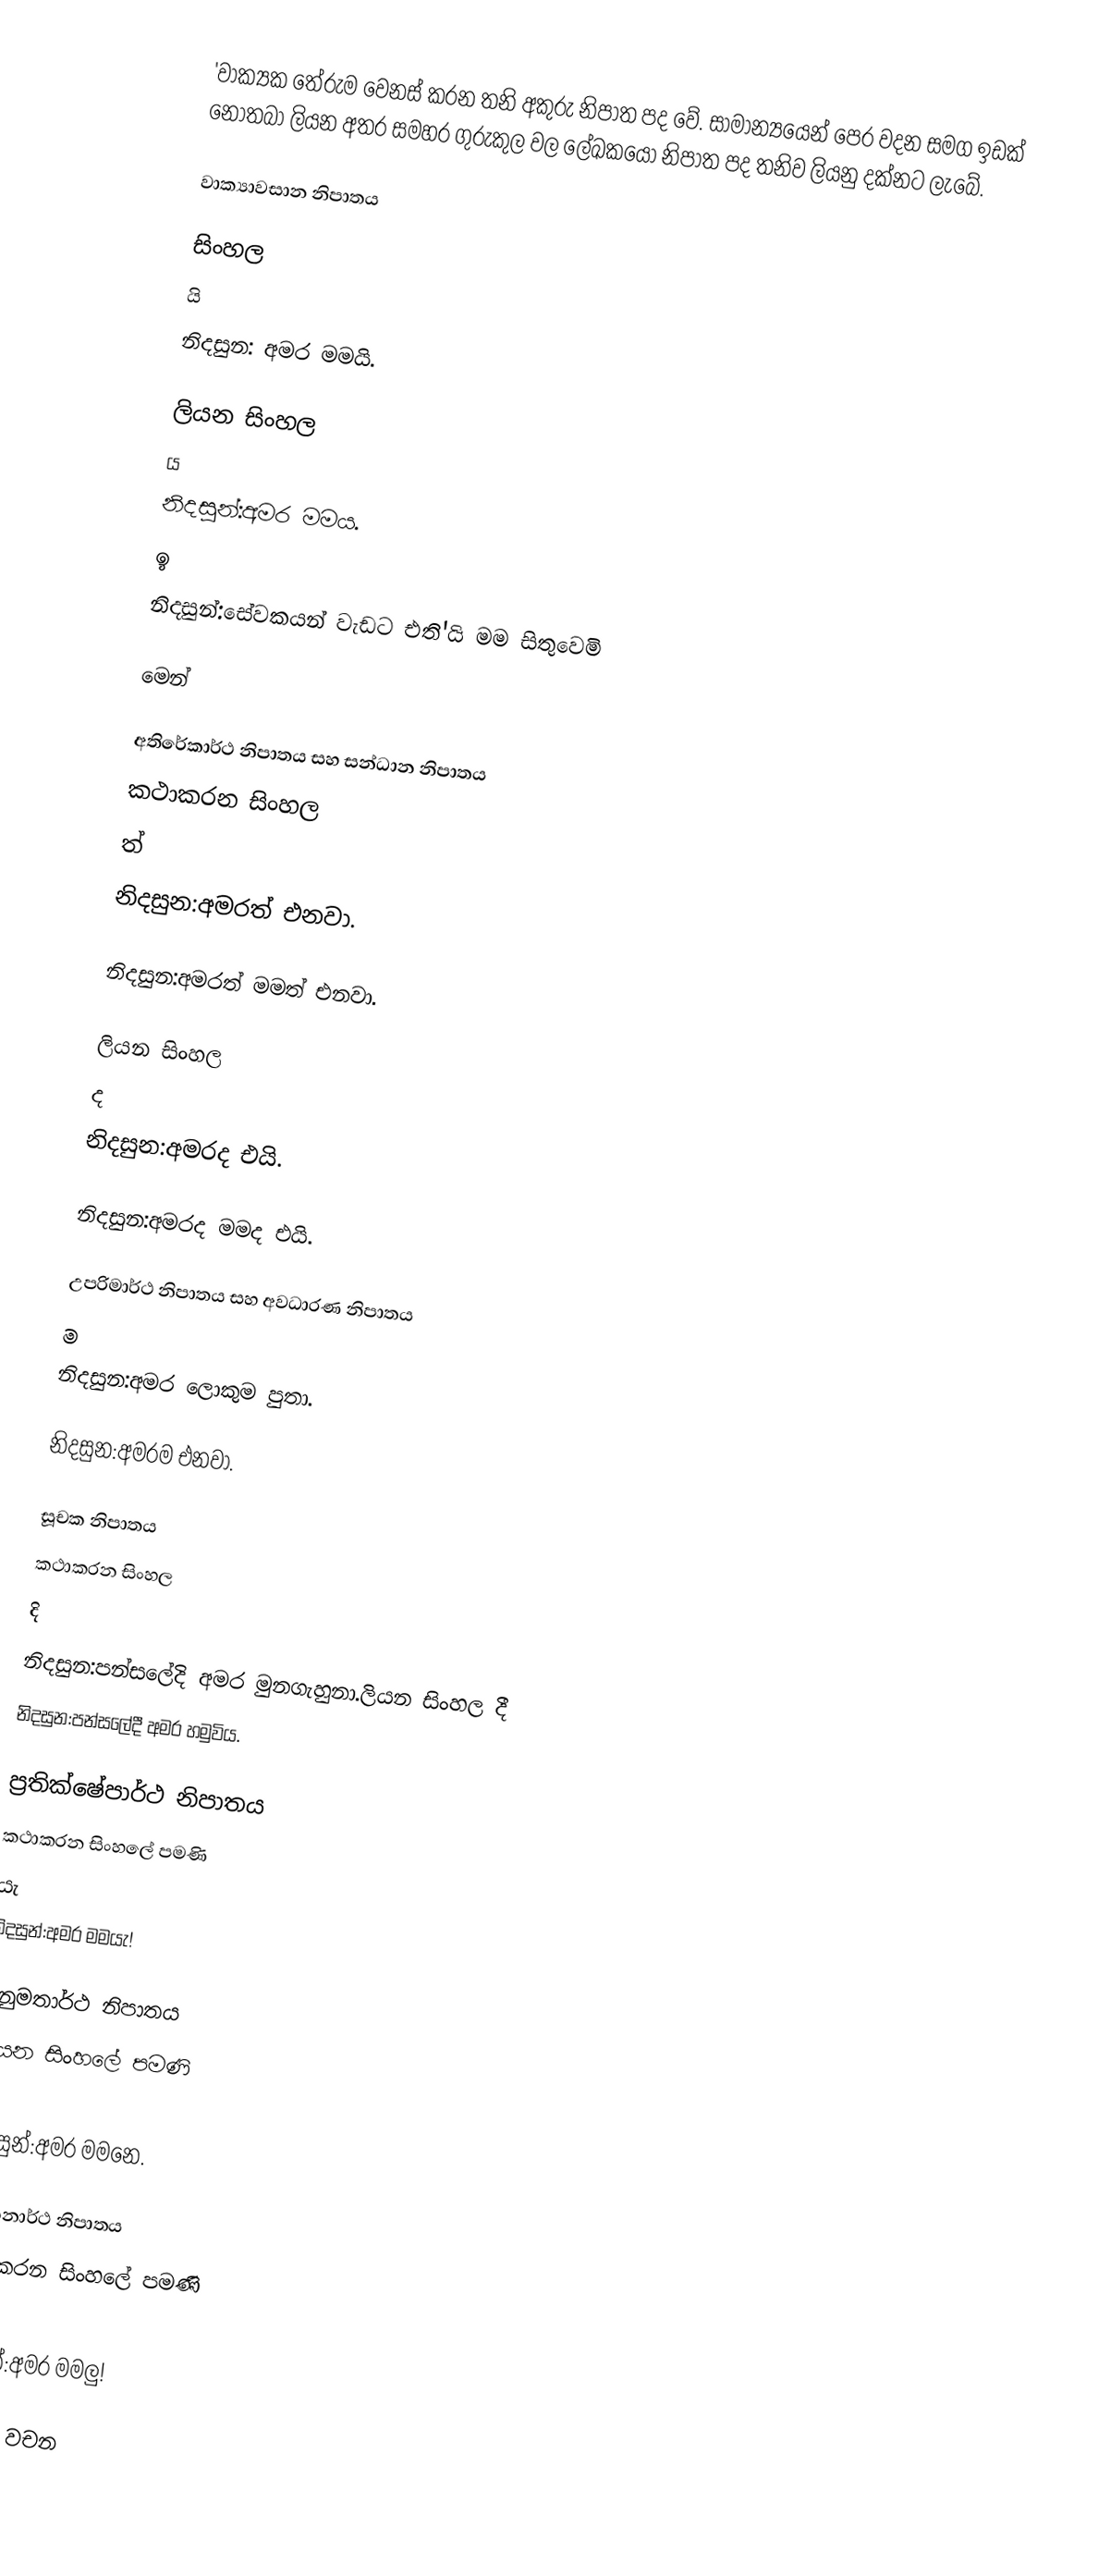
'වාක්‍යක තේරුම වෙනස් කරන තනි අකුරු නිපාත පද වේ. සාමාන්‍යයෙන් පෙර වදන සමග ඉඩක් නොතබා ලියන අතර සමහර ගුරුකුල වල ලේඛකයෝ  නිපාත පද තනිව ලියනු දක්නට ලැබේ.

වාක්‍යාවසාන නිපාතය

සිංහල
 යි
නිදසුන: අමර මමයි.

ලියන සිංහල
 ය
නිදසුන්:අමර මමය.
 ඉ
නිදසුන්:සේවකයන් වැඩට එති'යි මම සිතුවෙමි

මෙන්

අතිරේකාර්ථ නිපාතය සහ සන්ධාන නිපාතය
කථාකරන සිංහල
 ත්
නිදසුන:අමරත් එනවා.

නිදසුන:අමරත් මමත් එනවා.

ලියන සිංහල
 ද
නිදසුන:අමරද එයි.

නිදසුන:අමරද මමද එයි.

උපරිමාර්ථ නිපාතය සහ අවධාරණ නිපාතය
ම
නිදසුන:අමර ලොකුම පුතා.

නිදසුන:අමරම එනවා.

සූචක නිපාතය
කථාකරන සිංහල
 දි
නිදසුන:පන්සලේදි අමර මුනගැහුනා.ලියන සිංහල දී
නිදසුන:පන්සලේදී අමර හමුවිය.

ප්‍රතික්ෂේපාර්ථ නිපාතය
කථාකරන සිංහලේ පමණි
 යැ
නිදසුන්:අමර මමයැ!

අනුමතාර්ථ නිපාතය
ලියන සිංහලේ පමණි
 නෙ
නිදසුන්:අමර මමනෙ.

සූචකනාර්ථ නිපාතය
කථාකරන සිංහලේ පමණි
 ලු
නිදසුන්:අමර මමලු!

සිංහල වචන